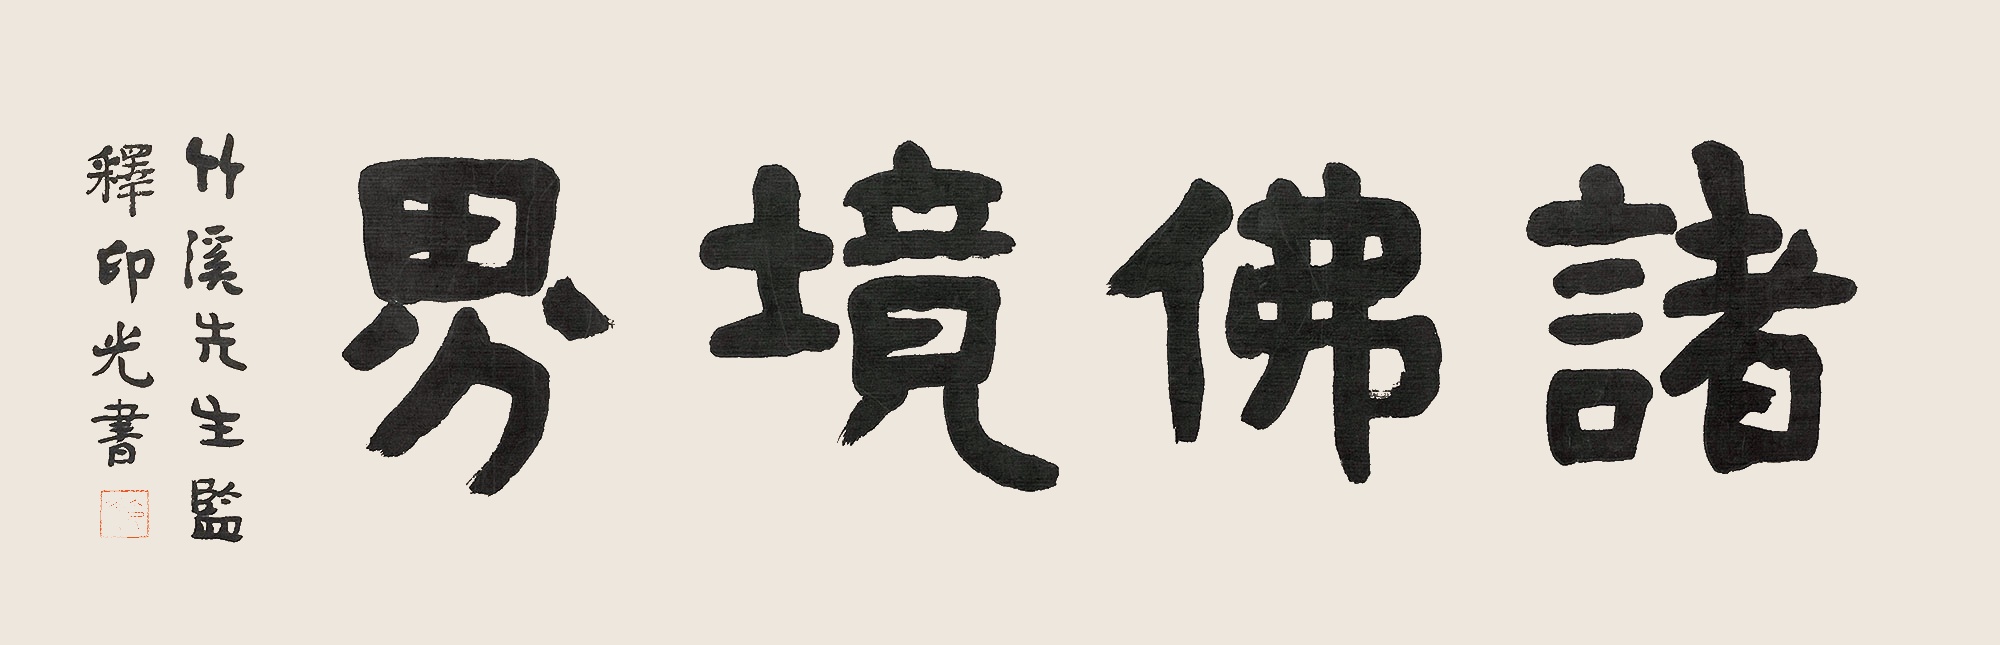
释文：诸佛境界竹溪先生监，释印光书。